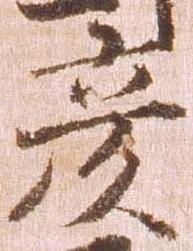
彦